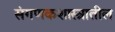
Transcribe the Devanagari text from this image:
संगणकशास्त्रातील